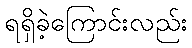
ရရှိခဲ့ကြောင်းလည်း